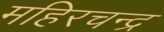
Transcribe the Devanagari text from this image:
महिरचन्द्र